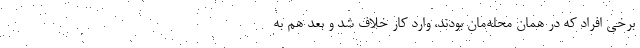
برخی افراد که در همان محله‌مان بودند، وارد کار خلاف شد و بعد هم به